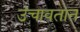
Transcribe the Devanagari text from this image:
उंचावतात